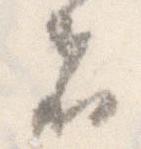
者